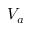
V _ { a }